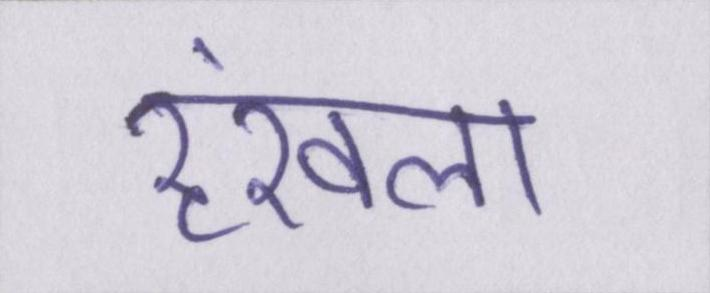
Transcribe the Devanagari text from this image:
रॄंखला